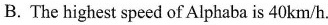
B.The highestspeed of Alphaba is 40km/h.